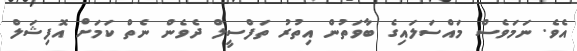
އެވެ. ނަމަވެސް މައްސަލައިގެ ބާވަތުން އިތުރު ތަފްސީލް ދެވެން ނެތް ކަމަށް އޮފިޝަލް